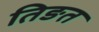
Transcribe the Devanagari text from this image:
तिङत